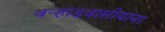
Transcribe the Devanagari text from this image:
वर्‍हाडवासीयांना